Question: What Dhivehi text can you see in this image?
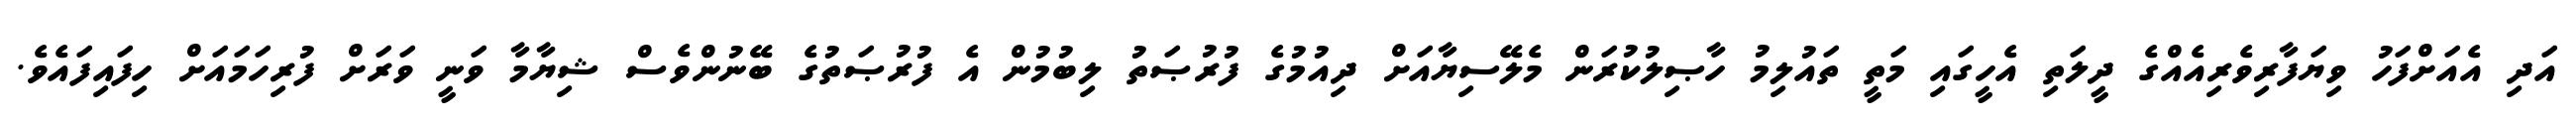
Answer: އަދި އެއަށްފަހު ވިޔަފާރިވެރިއެއްގެ ދީލަތި އެހީގައި މަތީ ތައުލިމު ހާޞިލުކުރަން މެލޭސިޔާއަށް ދިއުމުގެ ފުރުޞަތު ލިބުމުން އެ ފުރުޞަތުގެ ބޭނުންވެސް ޝިޔާމާ ވަނީ ވަރަށް ފުރިހަމައަށް ހިފައިފައެވެ.